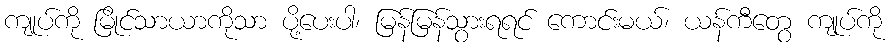
ကျုပ်ကို မြိုင်သာယာကိုသာ ပို့ပေးပါ၊ မြန်မြန်သွားရရင် ကောင်းမယ်၊ ယန်ကီတွေ ကျုပ်ကို